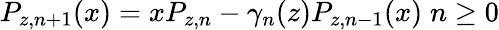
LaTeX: P_{z,n+1}(x)=xP_{z,n}-\gamma_{n}(z)P_{z,n-1}(x)\; n\ge 0